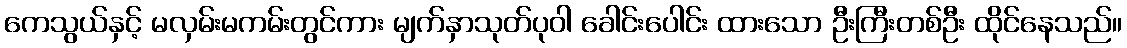
ကေသွယ်နှင့် မလှမ်းမကမ်းတွင်ကား မျက်နှာသုတ်ပုဝါ ခေါင်းပေါင်း ထားသော ဦးကြီးတစ်ဦး ထိုင်နေသည်။